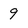
Character: 9